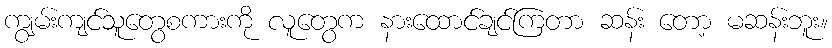
ကျွမ်းကျင်သူတွေစကားကို လူတွေက နားထောင်ချင်ကြတာ ဆန်း တော့ မဆန်းဘူး။